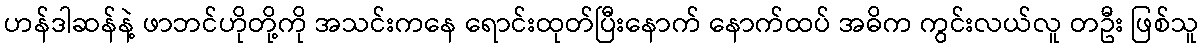
ဟန်ဒါဆန်နဲ့ ဖာဘင်ဟိုတို့ကို အသင်းကနေ ရောင်းထုတ်ပြီးနောက် နောက်ထပ် အဓိက ကွင်းလယ်လူ တဦး ဖြစ်သူ